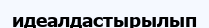
идеалдастырылып